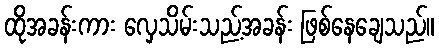
ထိုအခန်းကား လှေသိမ်းသည့်အခန်း ဖြစ်နေချေသည်။